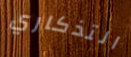
التذكاري